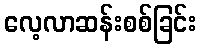
လေ့လာဆန်းစစ်ခြင်း